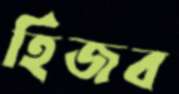
হিজব